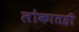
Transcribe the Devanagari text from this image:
लोकातही